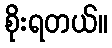
စိုးရတယ်။